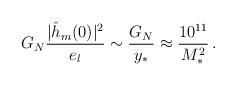
LaTeX: \begin{align*}G_N{|\hat{h}_m(0)|^2 \over e_l} \sim {G_N \over y_*} \approx {10^{11} \over M_*^2}\,.\end{align*}